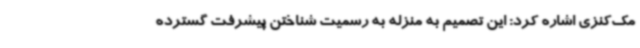
مک‌کنزی اشاره کرد: این تصمیم به منزله به رسمیت شناختن پیشرفت گسترده